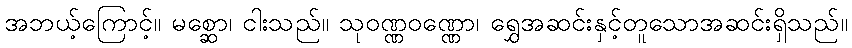
အဘယ့်ကြောင့်။ မစ္ဆော၊ ငါးသည်။ သုဝဏ္ဏဝဏ္ဏော၊ ရွှေအဆင်းနှင့်တူသောအဆင်းရှိသည်။